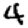
Digit: 4